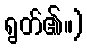
ရွတ်၏။)